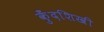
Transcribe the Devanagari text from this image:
कुँदशिखी